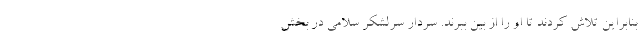
بنابراین تلاش کردند تا او را از بین ببرند. سردار سرلشکر سلامی در بخش